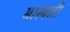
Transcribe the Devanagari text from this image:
भास्यती